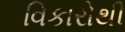
વિકારોથી